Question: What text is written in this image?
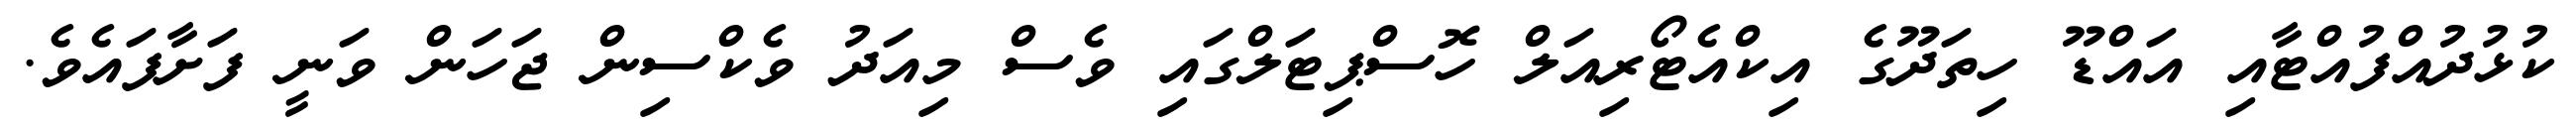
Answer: ކުޅުދުއްފުއްޓާއި އައްޑޫ ހިތަދޫގެ އިކްއެޓޯރިއަލް ހޮސްޕިޓަލްގައި ވެސް މިއަދު ވެކްސިން ޖަހަން ވަނީ ފަށާފައެވެ.